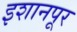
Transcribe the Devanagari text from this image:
इशानपूर